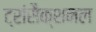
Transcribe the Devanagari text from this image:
ट्रांसैक्शनल